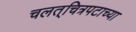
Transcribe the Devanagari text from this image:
चलत्‌चित्रपटाच्या